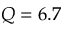
Q = 6 . 7